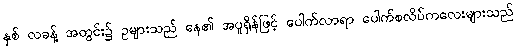
နှစ် လခန့် အတွင်း၌ ဥများသည် နေ၏ အပူရှိန်ဖြင့် ပေါက်လာရာ ပေါက်စလိပ်ကလေးများသည်